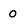
Character: 0